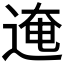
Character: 𰺾